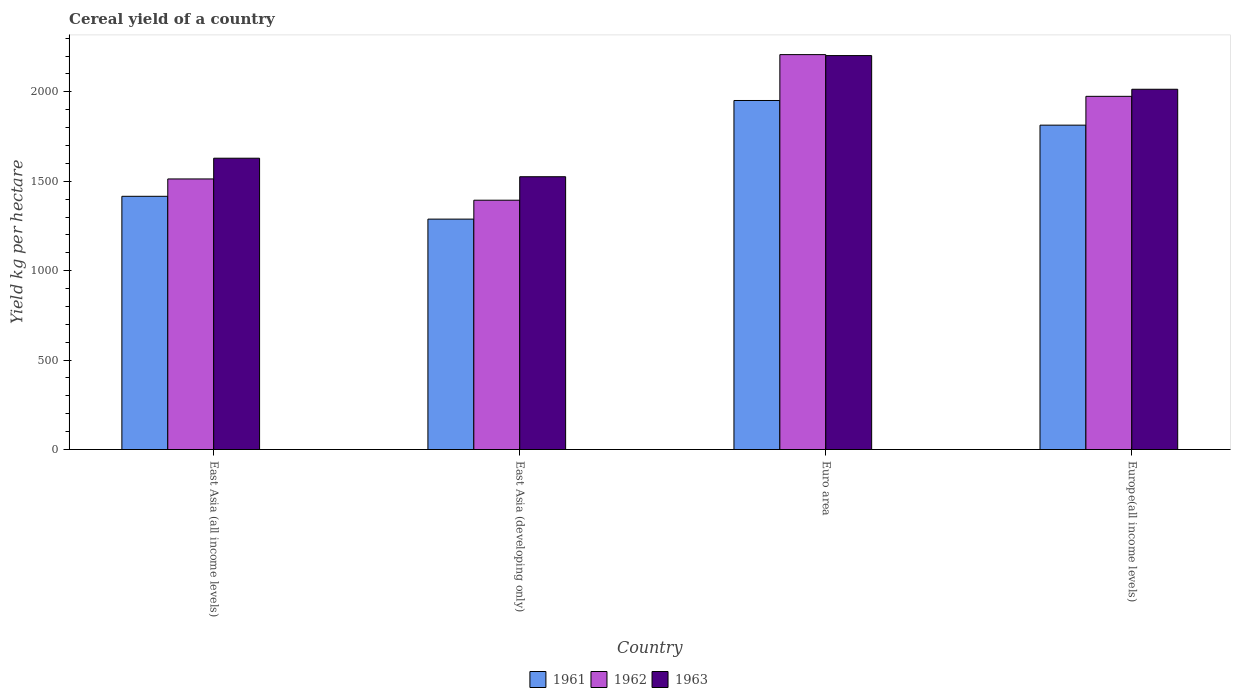
| Country | 1961 | 1962 | 1963 |
 | --- | --- | --- | --- |
 | East Asia (all income levels) | 1.42e+03 | 1.51e+03 | 1.63e+03 |
 | East Asia (developing only) | 1.29e+03 | 1.39e+03 | 1.53e+03 |
 | Euro area | 1.95e+03 | 2.21e+03 | 2.2e+03 |
 | Europe(all income levels) | 1.81e+03 | 1.97e+03 | 2.01e+03 |